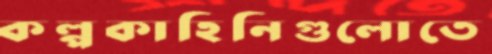
কল্পকাহিনিগুলোতে